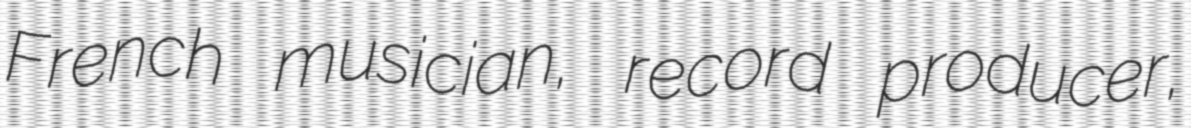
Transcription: French musician, record producer,